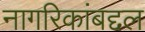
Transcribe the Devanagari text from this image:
नागरिकांबद्दल